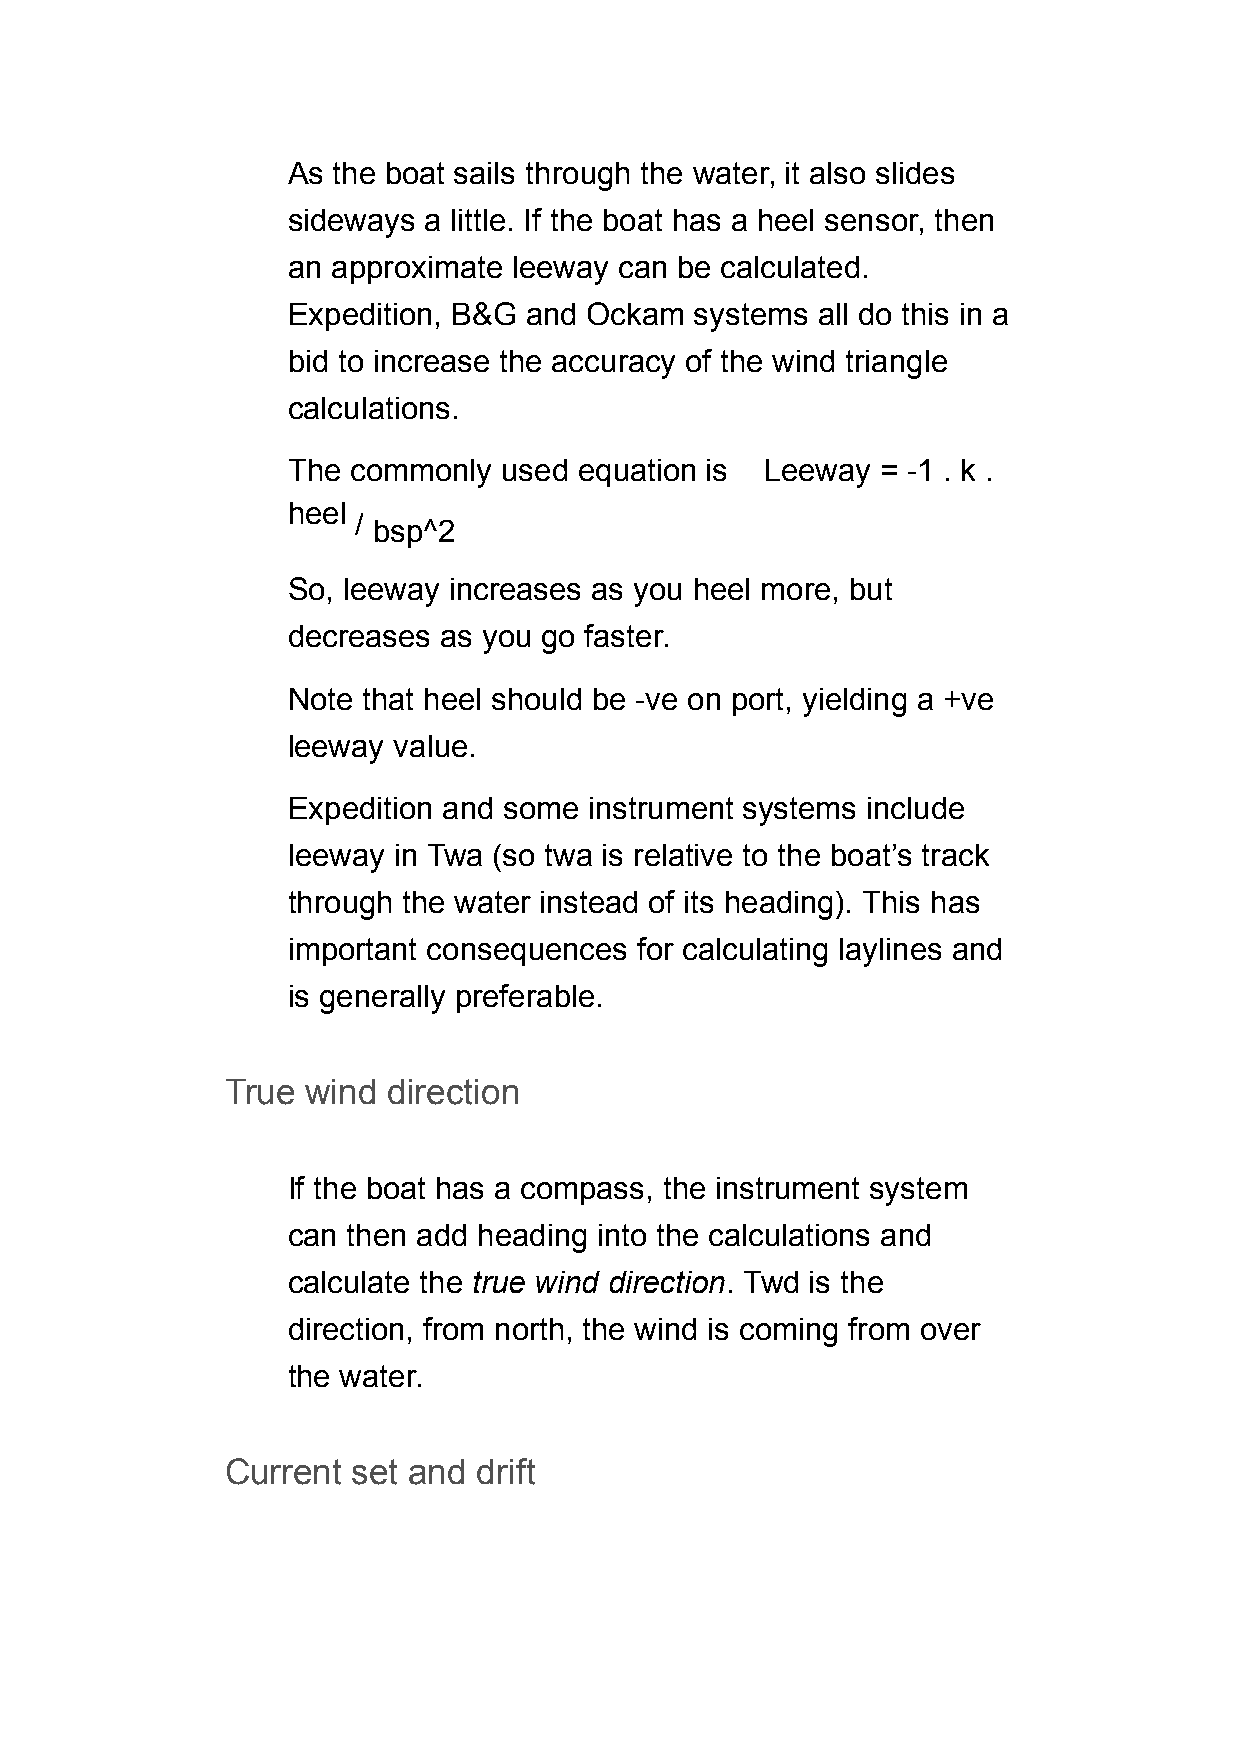
As the boat sails through the water, it also slides
 sideways a little. If the boat has a heel sensor, then
 an approximate leeway can be calculated.
 Expedition, B&G and Ockam  systems all do this in a
 bid to increase the accuracy of the wind triangle
 calculations.
 The commonly  used equation is  Leeway = -1 . k .
 heel
 /
 bsp^2
 So, leeway increases as you heel more, but
 decreases as you go faster.
 Note that heel should be -ve on port, yielding a +ve
 leeway value.
 Expedition and some instrument systems include
 leeway in Twa (so twa is relative to the boat’s track
 through the water instead of its heading). This has
 important consequences for calculating laylines and
 is generally preferable.
 True wind  direction
 If the boat has a compass, the instrument system
 can then add heading into the calculations and
 calculate the true wind direction. Twd is the
 direction, from north, the wind is coming from over
 the water.
 Current set and  drift